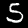
Label: 5